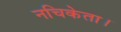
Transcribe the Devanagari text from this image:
नचिकेता।